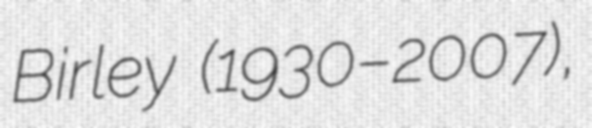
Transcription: Birley (1930–2007),